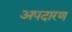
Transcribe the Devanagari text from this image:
अपदारण